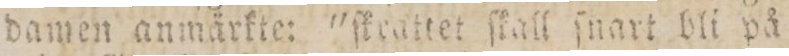
damen amärkte: 'ſkcattet ſkall ſnart bli på